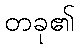
တခု၏